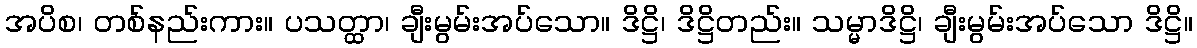
အပိစ၊ တစ်နည်းကား။ ပသတ္ထာ၊ ချီးမွမ်းအပ်သော။ ဒိဋ္ဌိ၊ ဒိဋ္ဌိတည်း။ သမ္မာဒိဋ္ဌိ၊ ချီးမွမ်းအပ်သော ဒိဋ္ဌိ။